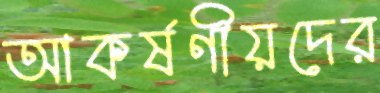
আকর্ষণীয়দের